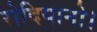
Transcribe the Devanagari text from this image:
रोदियानो।